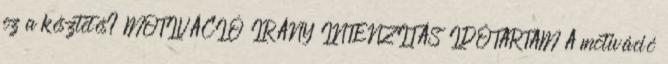
ez a késztetés? MOTIVÁCIÓ IRÁNY INTENZITÁS IDŐTARTAM A motiváció